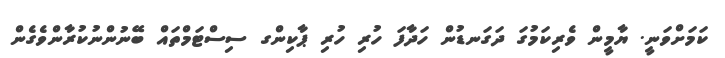
ކަމަށްވަނީ. ޔާމީން ވެރިކަމުގަ ދަގަނޑުން ހަދާފަ ހުރި ހުރި ޕާކިންގ ސިސްޓަމްތައް ބޭނުންނުކުރާންވެގެން